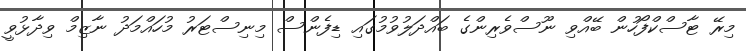
މިރޭ ޓާސްކްފޯހުން ބޭއްވި ނޫސްވެރިންގެ ބައްދަލުވުމުގައި ޑިފެންސް މިނިސްޓަރު މުހައްމަދު ނާޒިމް ވިދާޅުވީ